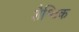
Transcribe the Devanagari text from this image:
शैश्विक